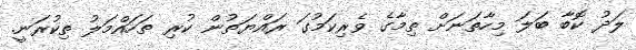
ލަދު ކޮބާ ބަލަ މިހާތަނަށް ތިމާގެ ވެރިކަމުގަ ރައްޔަތުން ކުރި ތަހައްމަލު ތިކުރަނީ.